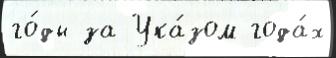
го́ды за Ука́зом года́х